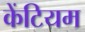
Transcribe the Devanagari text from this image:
केंटियम